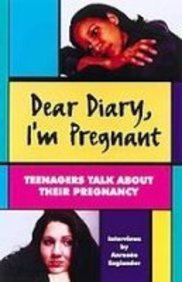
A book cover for Dear Diary, I'm Pregnant: Teenagers Talk About Their Pregnancy; Teen & Young Adult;